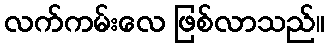
လက်ကမ်းလေ ဖြစ်လာသည်။